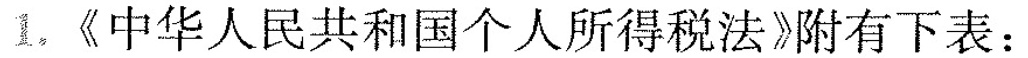
1.《中华人民共和国个人所得税法》附有下表：